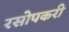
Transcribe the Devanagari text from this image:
रसोपकरी